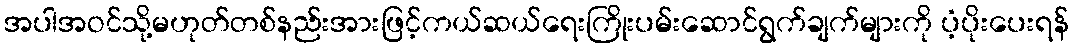
အပါအဝင်သို့မဟုတ်တစ်နည်းအားဖြင့်ကယ်ဆယ်ရေးကြိုးပမ်းဆောင်ရွက်ချက်များကို ပံ့ပိုးပေးရန်